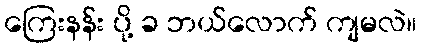
ကြေးနန်း ပို့ ခ ဘယ်လောက် ကျမလဲ။